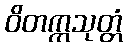
ဝိတက္ကသုတ္တံ